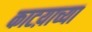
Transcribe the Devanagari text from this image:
काटय़ाच्या